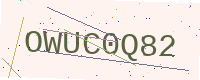
Text: OWUC0Q82